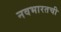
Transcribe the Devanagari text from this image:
नवभारतची